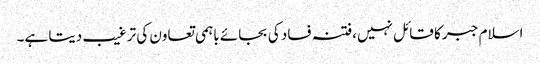
اسلام جبر کا قائل نہیں،فتنہ فساد کی بجائے باہمی تعاون کی ترغیب دیتا ہے۔